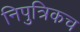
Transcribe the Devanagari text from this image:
निपुत्रिकच